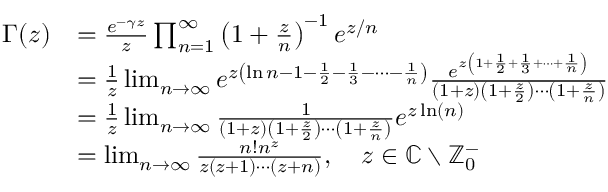
{ \begin{array} { r l } { \Gamma ( z ) } & { = { \frac { e ^ { - \gamma z } } { z } } \prod _ { n = 1 } ^ { \infty } \left( 1 + { \frac { z } { n } } \right) ^ { - 1 } e ^ { z / n } } \\ & { = { \frac { 1 } { z } } \operatorname* { l i m } _ { n \to \infty } e ^ { z \left( \ln n - 1 - { \frac { 1 } { 2 } } - { \frac { 1 } { 3 } } - \cdots - { \frac { 1 } { n } } \right) } { \frac { e ^ { z \left( 1 + { \frac { 1 } { 2 } } + { \frac { 1 } { 3 } } + \cdots + { \frac { 1 } { n } } \right) } } { \left( 1 + z \right) \left( 1 + { \frac { z } { 2 } } \right) \cdots \left( 1 + { \frac { z } { n } } \right) } } } \\ & { = { \frac { 1 } { z } } \operatorname* { l i m } _ { n \to \infty } { \frac { 1 } { \left( 1 + z \right) \left( 1 + { \frac { z } { 2 } } \right) \cdots \left( 1 + { \frac { z } { n } } \right) } } e ^ { z \ln \left( n \right) } } \\ & { = \operatorname* { l i m } _ { n \to \infty } { \frac { n ! n ^ { z } } { z ( z + 1 ) \cdots ( z + n ) } } , \quad z \in \mathbb { C } \setminus \mathbb { Z } _ { 0 } ^ { - } } \end{array} }